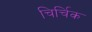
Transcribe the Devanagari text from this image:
चिर्चिक